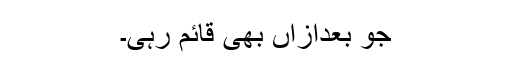
جو بعدازاں بھی قائم رہی۔